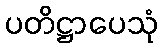
ပတိဋ္ဌာပေသုံ